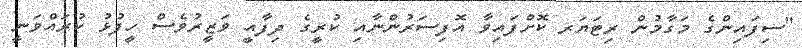
"ސިފައިންގެ މަގާމުން ރިޓަޔަރ ކޮށްފައިވާ އޮފިސަރުންނާއި ކުރީގެ ދިފާއީ ވަޒީރުވެސް ހީފުޅު ކުރައްވަނީ